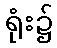
ရုံး၌